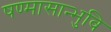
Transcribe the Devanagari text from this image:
षण्मासान्भुवि